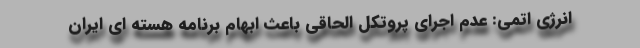
انرژی اتمی: عدم اجرای پروتکل الحاقی باعث ابهام برنامه هسته ای ایران